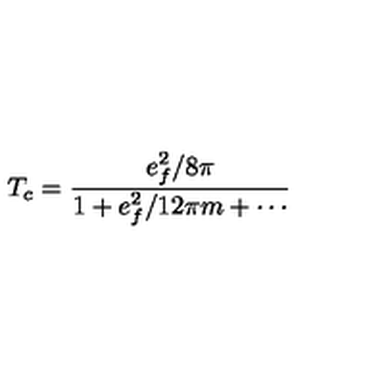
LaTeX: T _ { c } = \frac { e _ { f } ^ { 2 } / 8 \pi } { 1 + e _ { f } ^ { 2 } / 1 2 \pi m + \cdots }